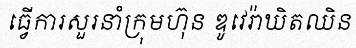
ធ្វើការសួរនាំក្រុមហ៊ុន ឌូវេរ៉ាឃិតឈិន